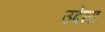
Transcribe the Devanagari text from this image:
उदेला